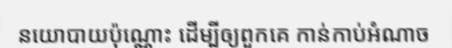
នយោបាយប៉ុណ្ណោះ ដើម្បីឲ្យពួកគេ កាន់កាប់អំណាច